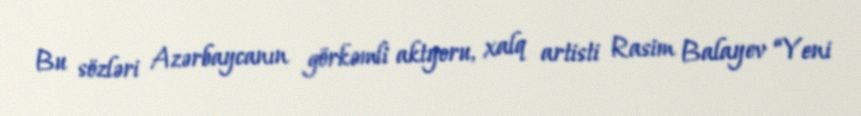
Bu sözləri Azərbaycanın görkəmli aktyoru, xalq artisti Rasim Balayev “Yeni